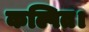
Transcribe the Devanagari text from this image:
कल्पित।